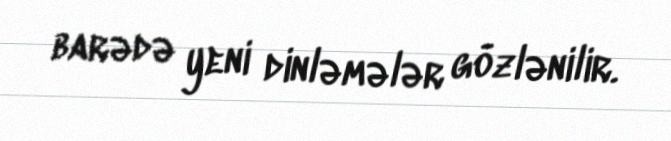
barədə yeni dinləmələr gözlənilir.